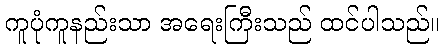
ကူပုံကူနည်းသာ အရေးကြီးသည် ထင်ပါသည်။